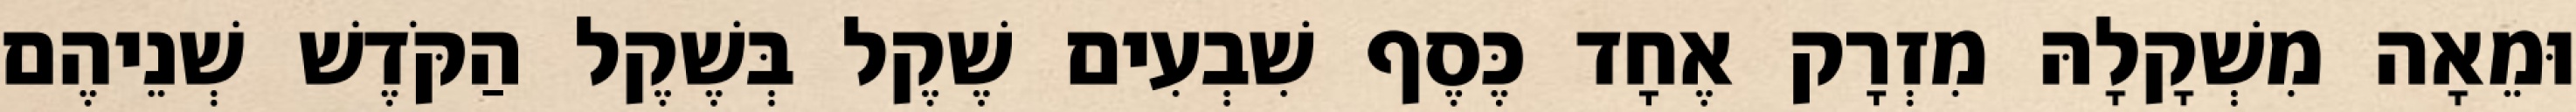
וּמֵאָה מִשְׁקָלָהּ מִזְרָק אֶחָד כֶּסֶף שִׁבְעִים שֶׁקֶל בְּשֶׁקֶל הַקֹּדֶשׁ שְׁנֵיהֶם